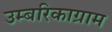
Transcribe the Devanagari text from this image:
उम्बरिकाग्राम